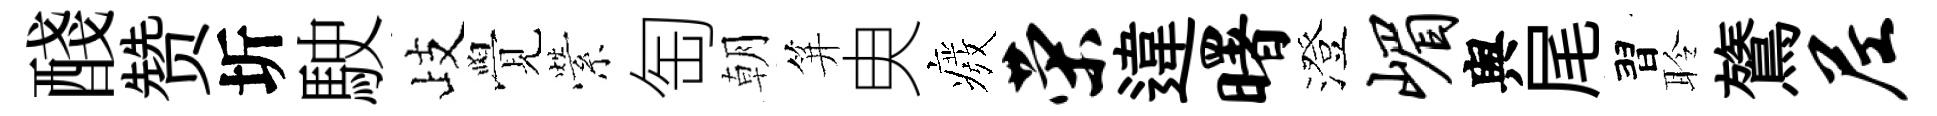
醆赞圻駛歧覺縈匋朝笄㬰癈荣違曙澄嵋舆尾習聆鷟尼